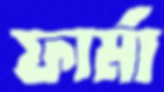
ফার্মা